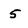
Character: 5